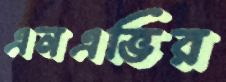
এনএভির